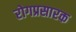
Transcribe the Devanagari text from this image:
रोगप्रसारक